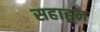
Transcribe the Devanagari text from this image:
सहाहून